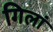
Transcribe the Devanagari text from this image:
गिलां